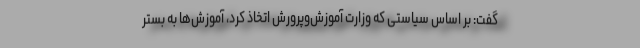
گفت: بر اساس سیاستی که وزارت آموزش‌وپرورش اتخاذ کرد، آموزش‌ها به بستر